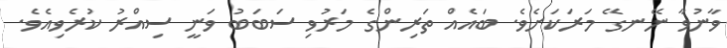
ވާނުވާ ނޭނގޭ މަރަކަށެވެ. ބައެއް ތަރިންގެ މަރުވި ސަބަބު ވަނީ ސިއްރު ކުރެވިއެވެ.